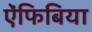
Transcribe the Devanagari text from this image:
ऐंफिबिया